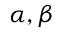
\alpha , \beta